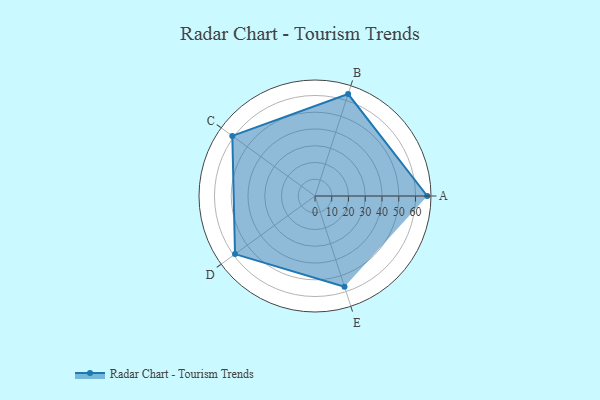
{"axis": {"x": "Skill", "y": "Score"}, "legend": ["Profile"], "data": [{"x": "A", "y": 67.0, "type": "Profile"}, {"x": "B", "y": 64.0, "type": "Profile"}, {"x": "C", "y": 61.0, "type": "Profile"}, {"x": "D", "y": 59.0, "type": "Profile"}, {"x": "E", "y": 57.0, "type": "Profile"}]}